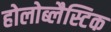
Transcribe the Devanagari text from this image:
होलोब्लैस्टिक